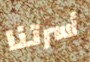
أسرتنا